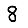
Digit: 8